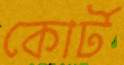
কোর্ট